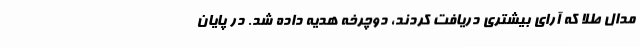
مدال طلا که آرای بیشتری دریافت کردند، دوچرخه هدیه داده شد. در پایان